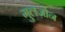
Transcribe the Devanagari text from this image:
गुलज़ोन